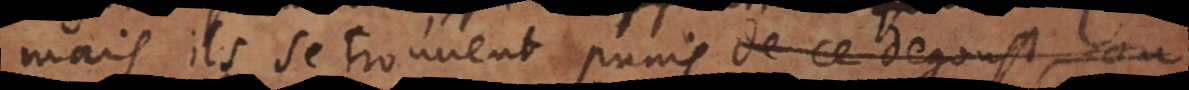
mais ils se trouvent punis de cette